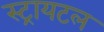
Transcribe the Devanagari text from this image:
स्ट्रायटल